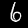
Label: 6